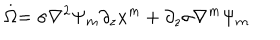
LaTeX: \stackrel { . } { \Omega } = \sigma \nabla ^ { 2 } \Psi _ { m } \partial _ { z } x ^ { m } + \partial _ { z } \sigma \nabla ^ { m } \Psi _ { m }